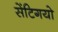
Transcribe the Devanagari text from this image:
सेंटिगयो